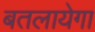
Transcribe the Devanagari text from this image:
बतलायेगा